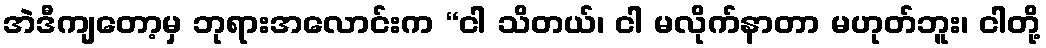
အဲဒီကျတော့မှ ဘုရားအလောင်းက “ငါ သိတယ်၊ ငါ မလိုက်နာတာ မဟုတ်ဘူး၊ ငါတို့